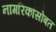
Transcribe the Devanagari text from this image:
नागरिकांसोबत